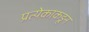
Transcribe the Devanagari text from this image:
प्रत्येकाकडून